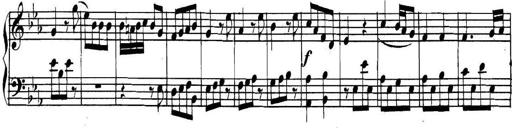
Title: Collected Piano Sonatas
Composer: Muzio Clementi